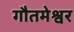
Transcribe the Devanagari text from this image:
गौतमेश्वर